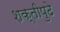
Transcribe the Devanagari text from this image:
शक्तीपुढे